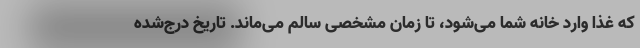
که غذا وارد خانه شما می‌شود، تا زمان مشخصی سالم می‌ماند. تاریخ درج‌شده